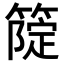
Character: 𥲗